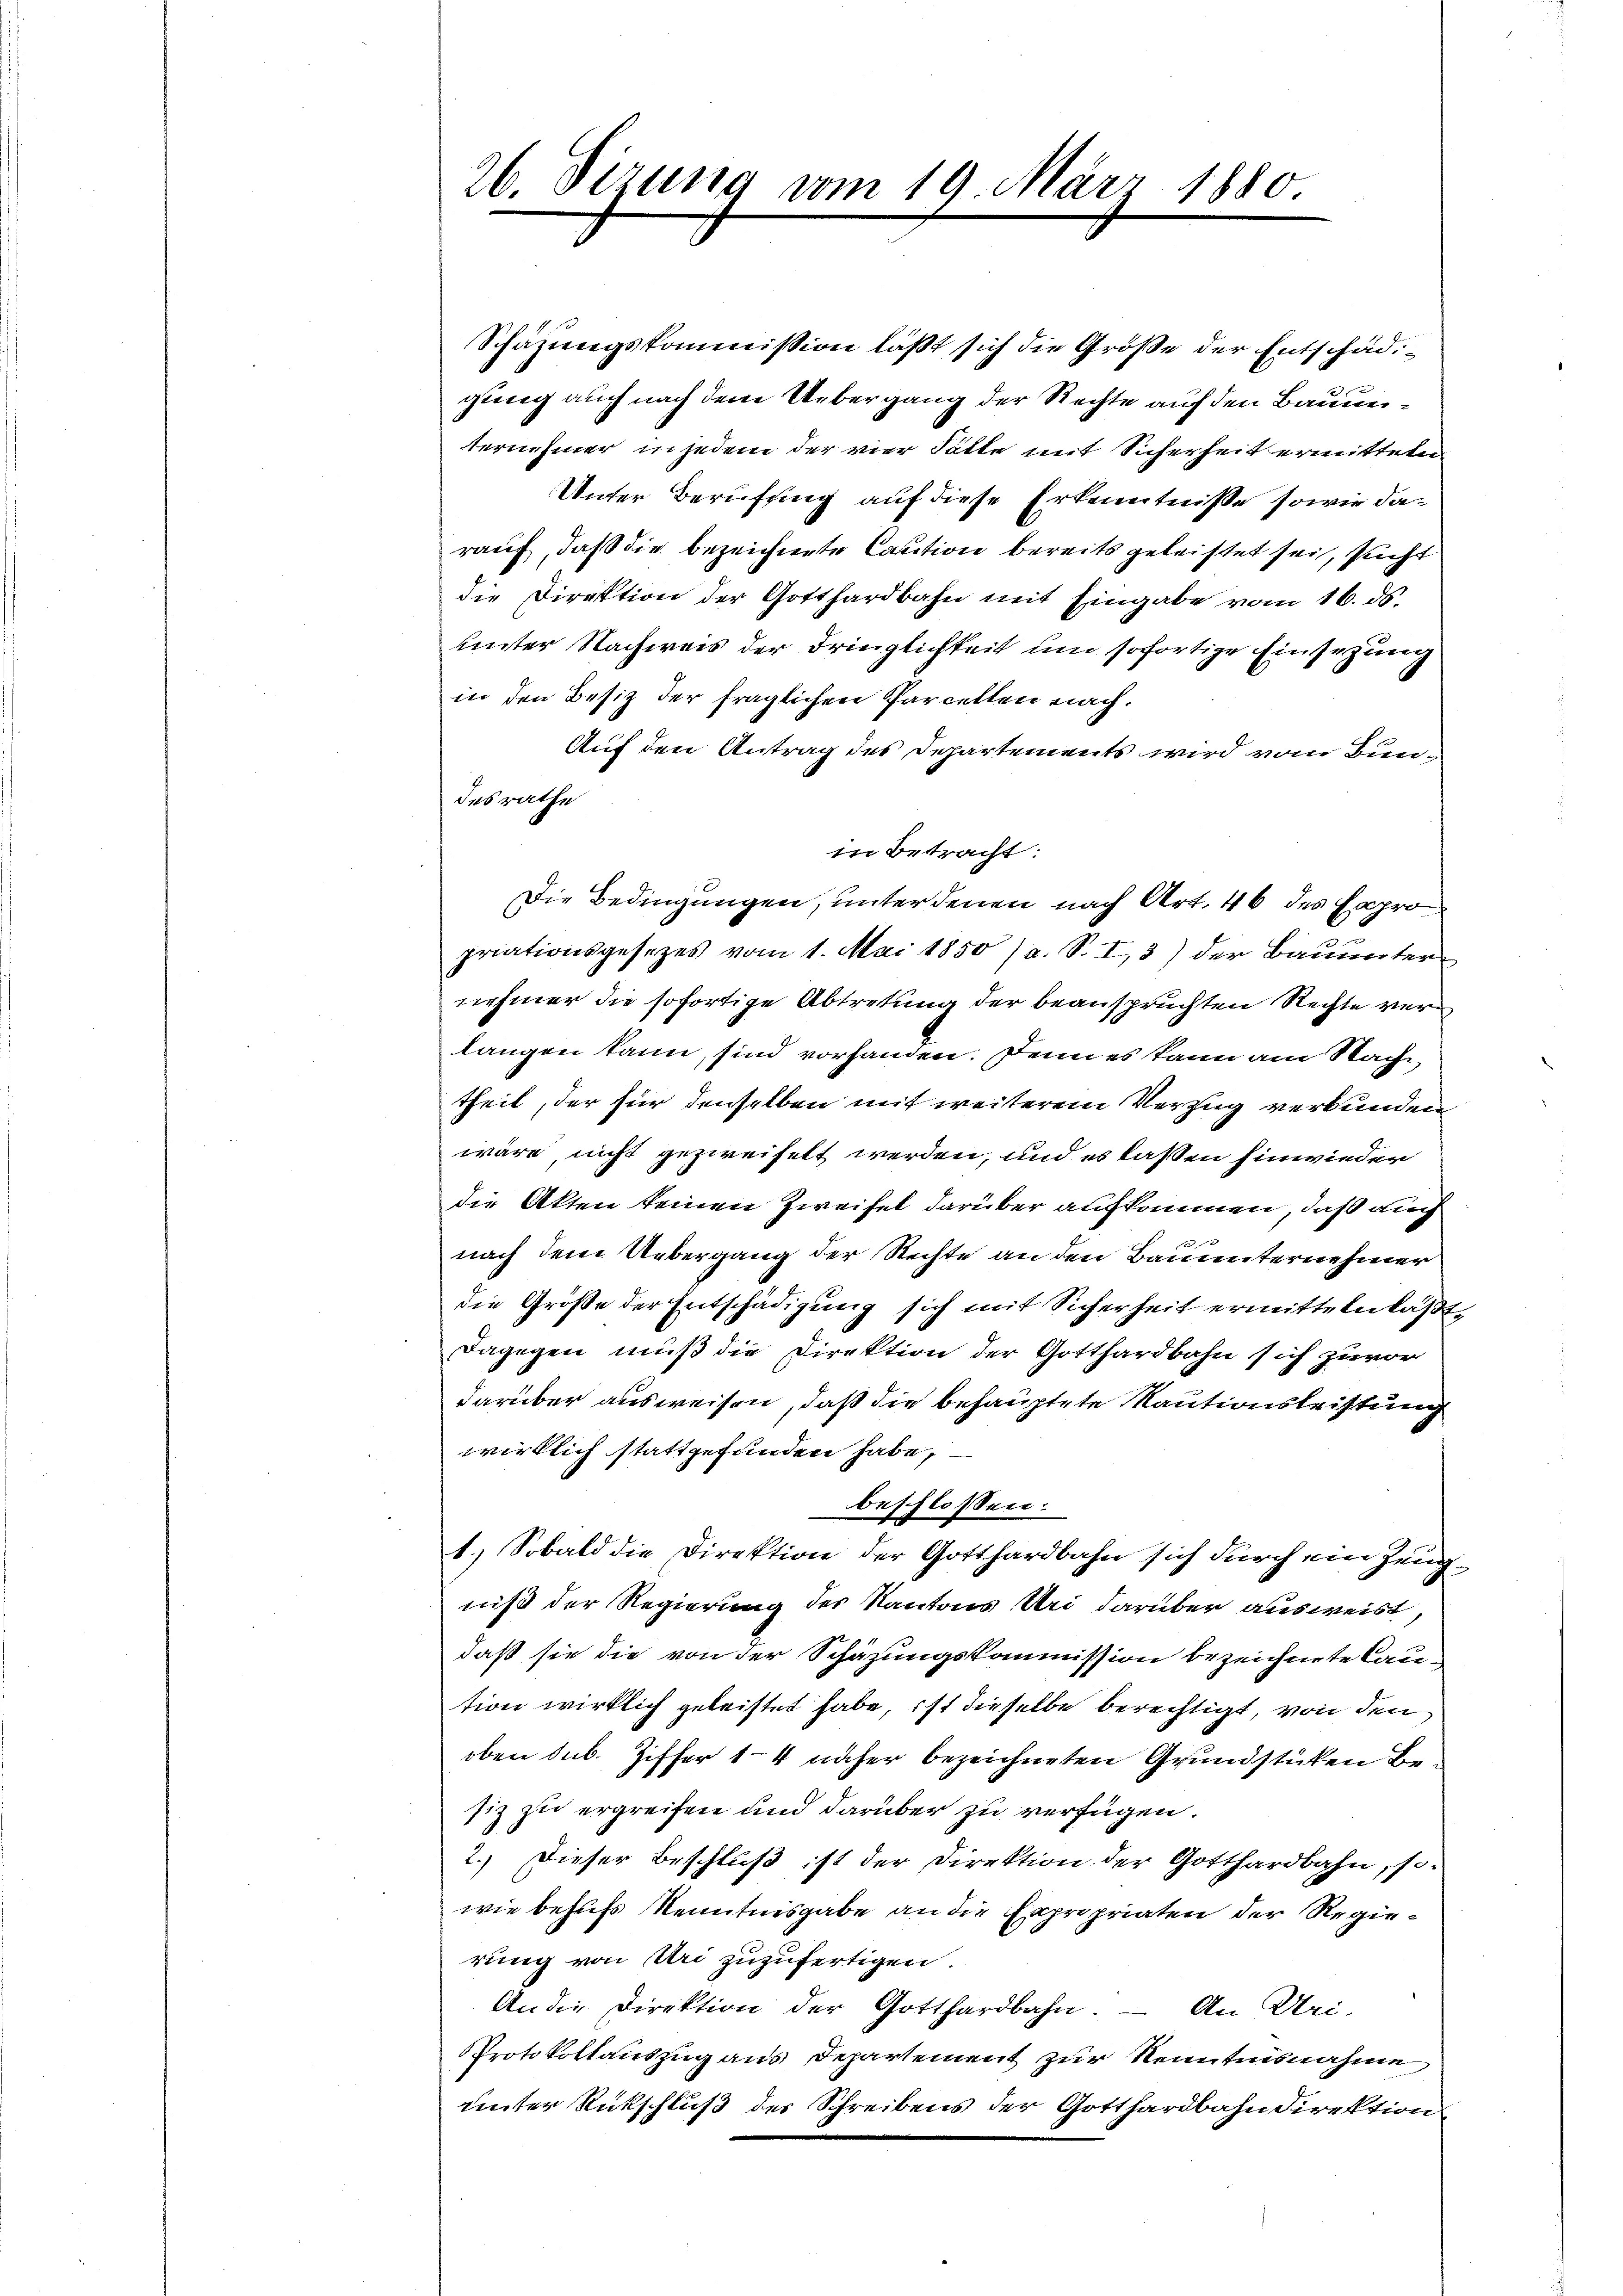
26. Sizung vom 19. März 1880.

Schazungskommission läßt sich die Größe der Entschädigung auch nach dem Uebergang der Rechte auf den Bauenternehmer in jedem der vier Fälle mit Sicherheit ermitteten
Unter Berufung auf diese Erkenntniße sowie darauf, daß die bezeichnete Caution bereits geleistet sei, sucht
die Direktion der Gotthardbahn mit Eingabe vom 16. ds.
unter Nachweis der dringlichkeit um sofortige Einsezung
in den Besitz der fraglichen Parcellen nach.
Auf den Antrag des Departements wird vom Bundesrathe
in Betracht:
Die Bedingungen, unter denen nach Art. 46 des Expropriationsgesetzes vom 1. Mai 1850 (a. S. I,3) der Bauunter
nehmer die sofortige Abtretung der beanspruchten Rechte verlangen kann, sind vorhanden. Denn es kann am Nachtheil, der für denselben mit weiterem Verzug verkunden
wäre, nicht gezweifelt werden, und es laßen hinwieder
die Akten keinen Zweifel darüber aufkommen, daß auch
nach dem Uebergang der Rechte an den Bauunternehmer
die Größe der Entschädigung sich mit Sicherheit ermitteln läßt,
Dagegen muß die Direktion der Gotthardbahn sich zuvor
darüber ausweisen, daß die behauptete Kautionstrittung
wirklich stattgefunden habe,
beschlossen:
1.) Sobald die Direktion der Gotthardbahn sich durch ein Zeugniß der Regierung des Kantons Uri darüber ausweist,
daß sie die von der Schäzungskommission bezeichnete Caution wirklich geleistet habe, ist dieselbe berechtigt, von den
oben sub. Ziffer 14 näher bezeichneten Grundstücken Besiz zu ergreifen und darüber zu verfügen.
2.) Dieser Beschluß ist der Direktion der Gotthardbahn, so-
wie behufs Kenntnisgabe an die Expropriaten der Regierung von Uri zuzufertigen.
An die Direktion der Gotthardbahn. – An Uri-
Protokollauszug aus Departement zur Kenntnisnahme
unter Rückschluß des Schreibens der Gotthardbahndirektion